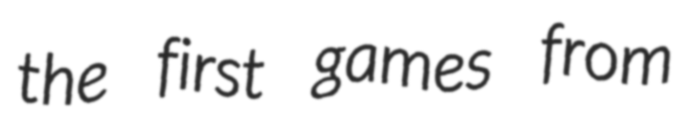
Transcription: the first games from